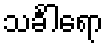
သင်္ခါရော